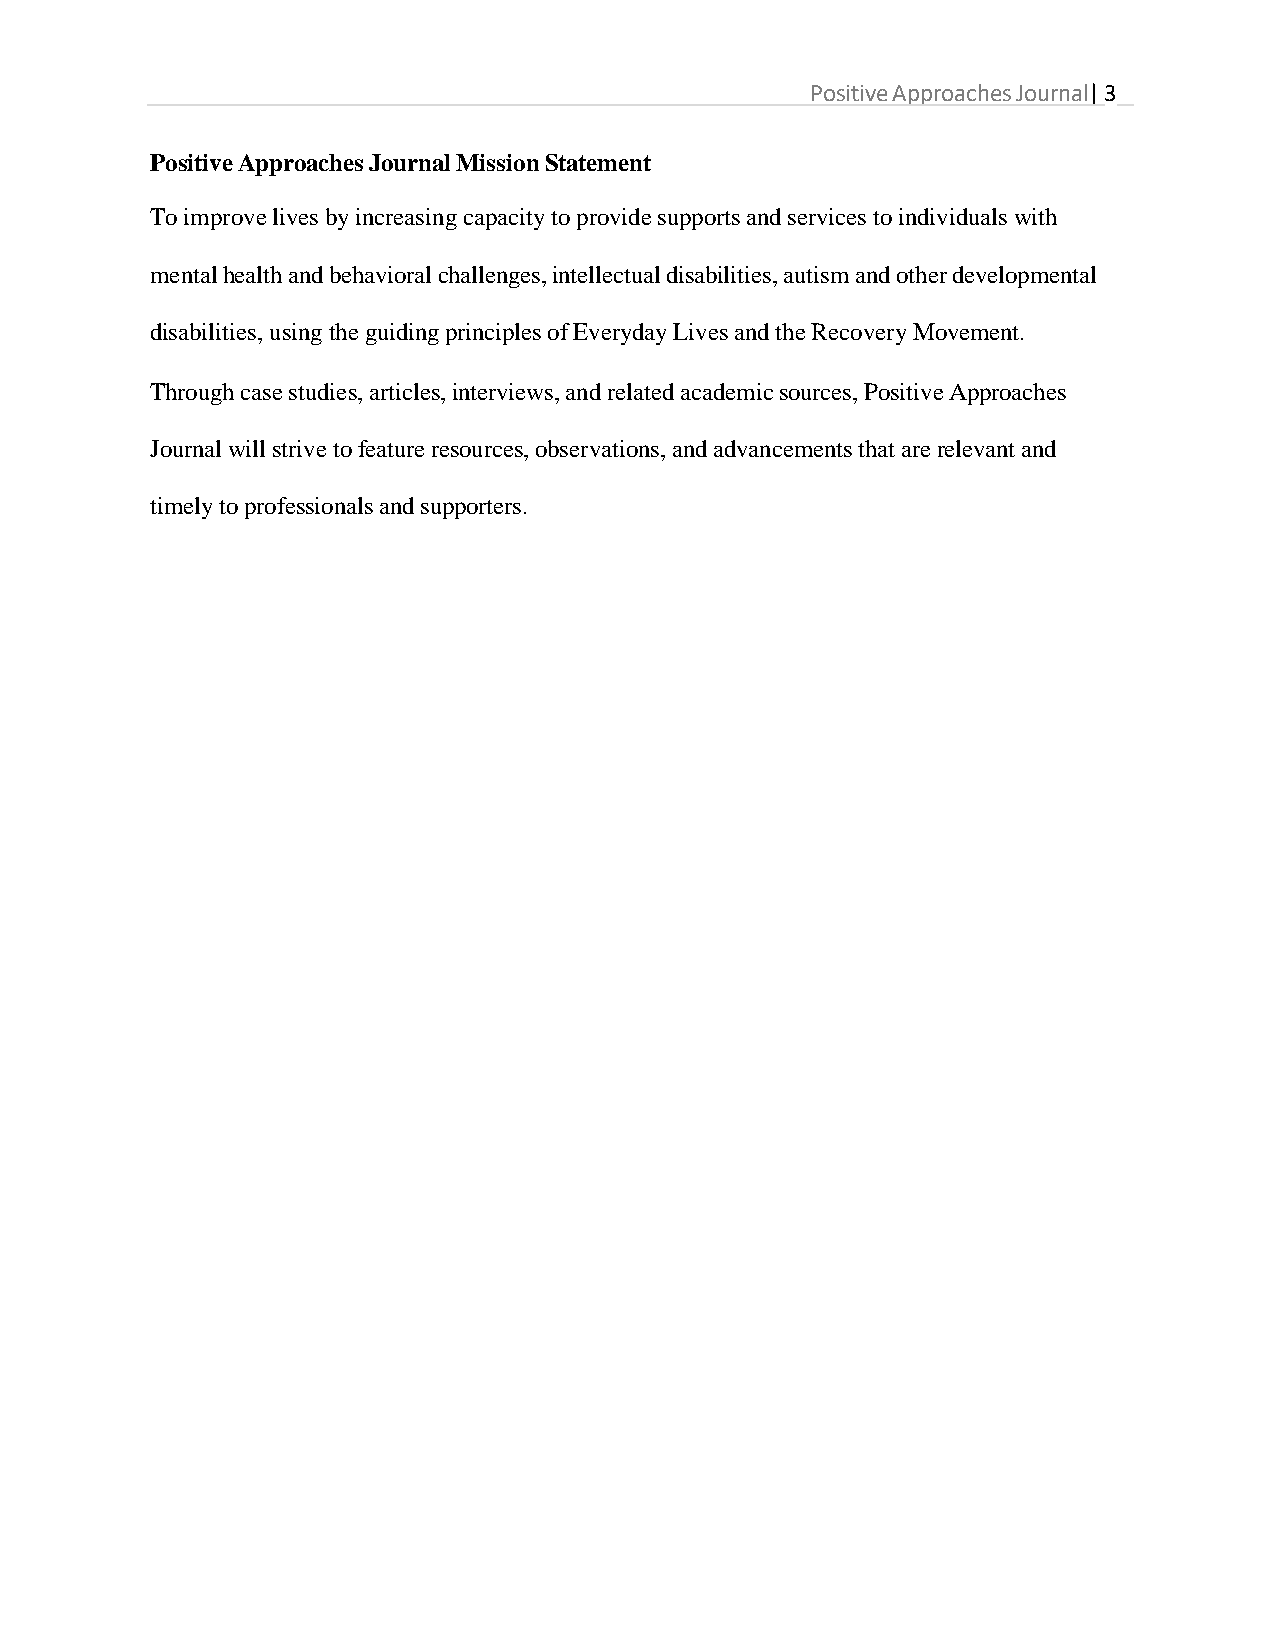
Positive Approaches Journal| 3
 Positive Approaches Journal Mission Statement
 To improve lives by increasing capacity to provide supports and services to individuals with
 mental health and behavioral challenges, intellectual disabilities, autism and other developmental
 disabilities, using the guiding principles of Everyday Lives and the Recovery Movement.
 Through case studies, articles, interviews, and related academic sources, Positive Approaches
 Journal will strive to feature resources, observations, and advancements that are relevant and
 timely to professionals and supporters.